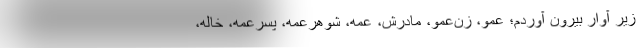
زير آوار بيرون آوردم؛ عمو، زن‌عمو، مادرش، عمه، شوهرعمه، پسرعمه، خاله،